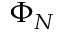
\Phi _ { N }